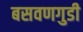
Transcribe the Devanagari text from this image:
बसवणगुडी